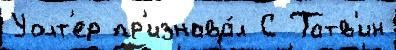
Уолт'ер пр'изнава́л С Татв'ин